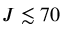
J \lesssim 7 0